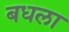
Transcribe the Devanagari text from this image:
बधला